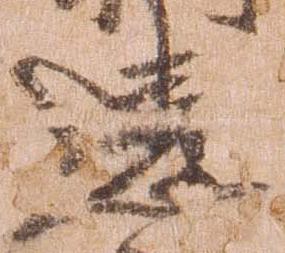
違